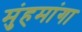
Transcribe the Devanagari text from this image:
मुंहमांगा